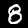
Label: 8